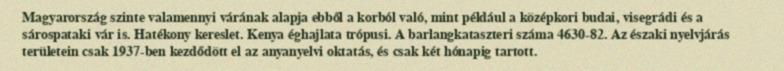
Magyarország szinte valamennyi várának alapja ebből a korból való, mint például a középkori budai, visegrádi és a sárospataki vár is. Hatékony kereslet. Kenya éghajlata trópusi. A barlangkataszteri száma 4630-82. Az északi nyelvjárás területein csak 1937-ben kezdődött el az anyanyelvi oktatás, és csak két hónapig tartott.